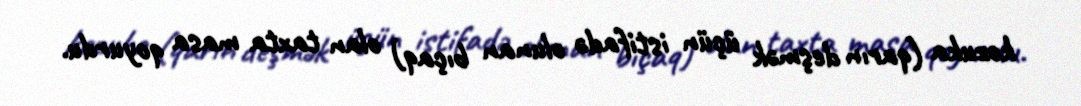
kozuka (qarın deşmək üçün istifadə olunan bıçaq) olan taxta masa qoyurdu.